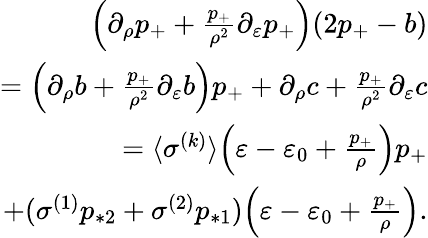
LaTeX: \begin{array}{r}{\Big(\partial_{\rho}p_{+}+\frac{p_{+}}{\rho^{2}}\partial_{\varepsilon}p_{+}\Big)(2p_{+}-b)}\\ {=\Big(\partial_{\rho}b+\frac{p_{+}}{\rho^{2}}\partial_{\varepsilon}b\Big)p_{+}+\partial_{\rho}c+\frac{p_{+}}{\rho^{2}}\partial_{\varepsilon}c}\\ {=\langle\sigma^{(k)}\rangle\Big(\varepsilon-\varepsilon_{0}+\frac{p_{+}}{\rho}\Big)p_{+}}\\ {+(\sigma^{(1)}p_{*2}+\sigma^{(2)}p_{*1})\Big(\varepsilon-\varepsilon_{0}+\frac{p_{+}}{\rho}\Big).}\end{array}